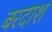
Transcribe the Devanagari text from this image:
बरदाश